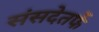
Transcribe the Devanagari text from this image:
संसदेतर्फे